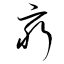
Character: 窮